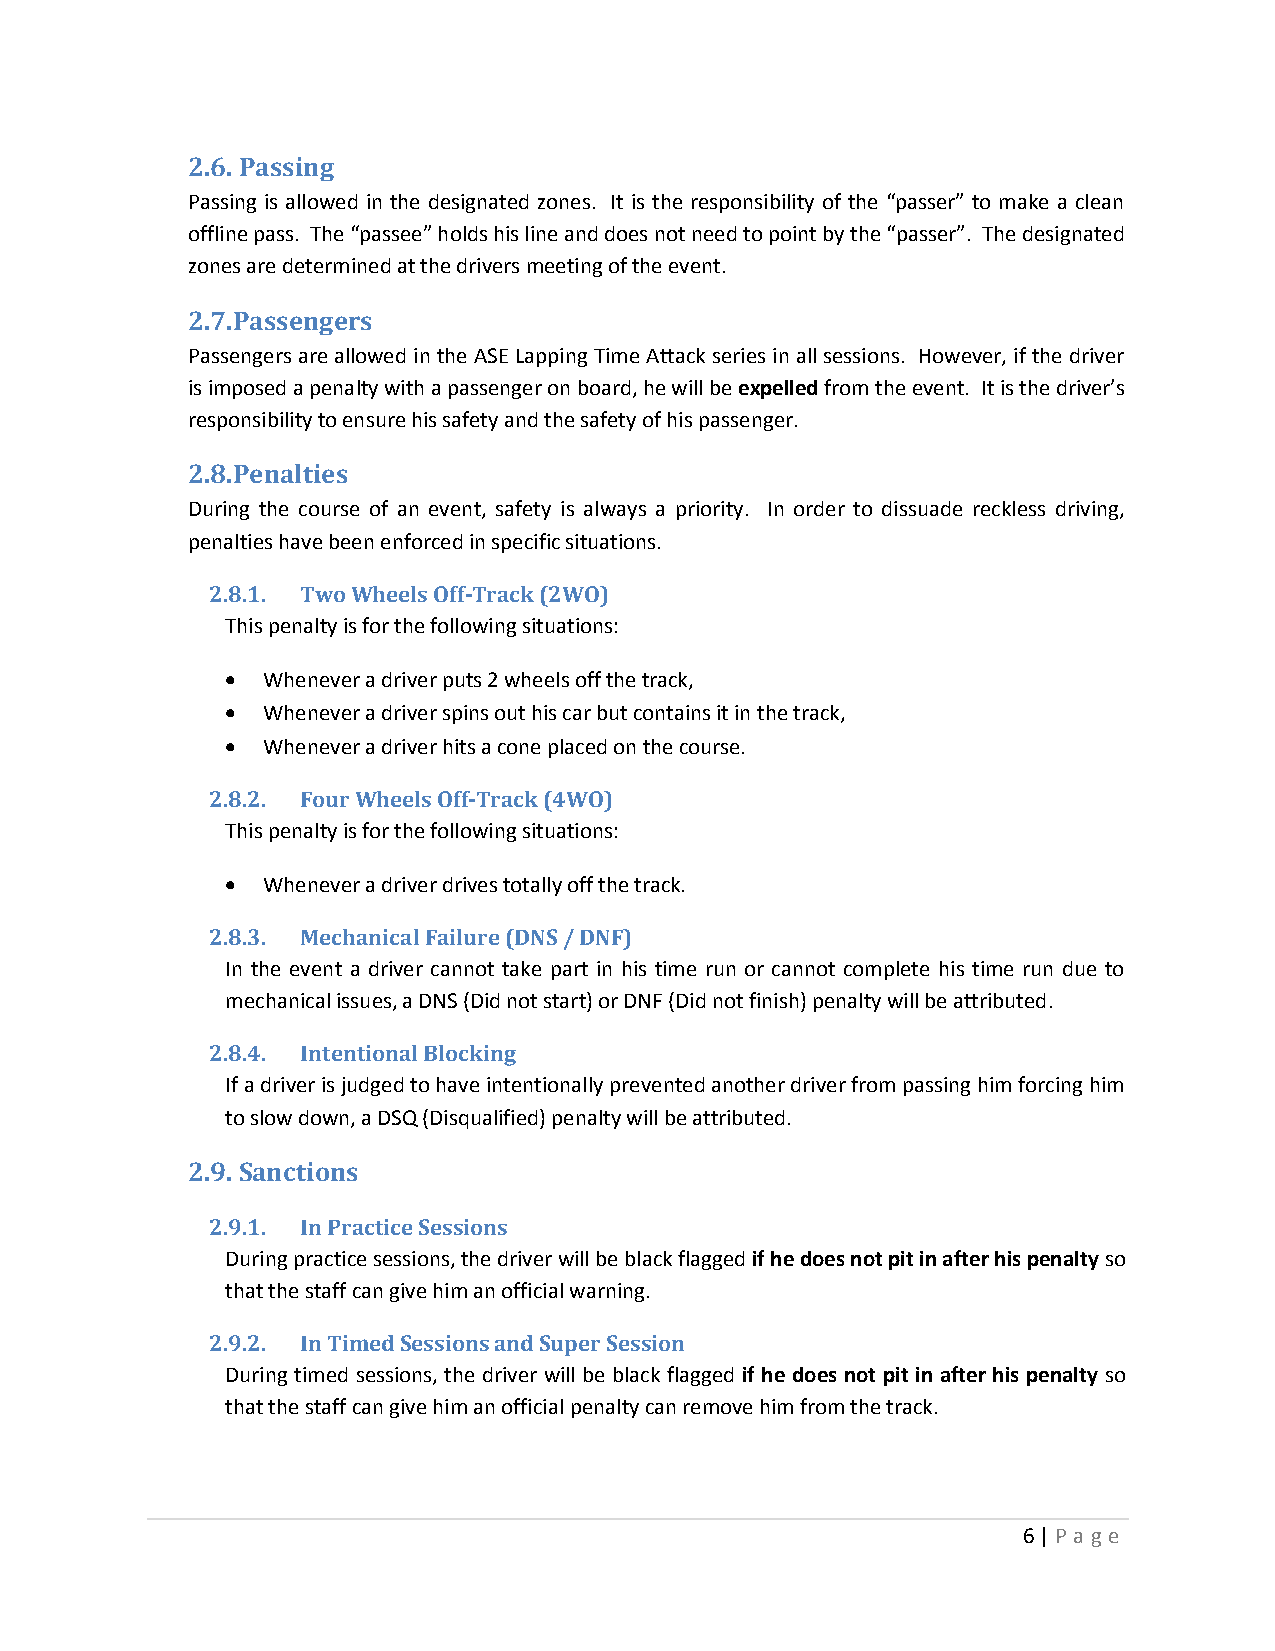
2.6. Passing
 Passing is allowed in the designated zones. It is the responsibility of the “passer” to make a clean
 offline pass. The “passee” holds his line and does not need to point by the “passer”. The designated
 zones are determined at the drivers meeting of the event.
 2.7. Passengers
 Passengers are allowed in the ASE Lapping Time Attack series in all sessions. However, if the driver
 is imposed a penalty with a passenger on board, he will be expelled from the event. It is the driver’s
 responsibility to ensure his safety and the safety of his passenger.
 2.8. Penalties
 During the course of an event, safety is always a priority. In order to dissuade reckless driving,
 penalties have been enforced in specific situations.
 2.8.1. Two Wheels Off-Track (2WO)
 This penalty is for the following situations:
  Whenever a driver puts 2 wheels off the track,
  Whenever a driver spins out his car but contains it in the track,
  Whenever a driver hits a cone placed on the course.
 2.8.2. Four Wheels Off-Track (4WO)
 This penalty is for the following situations:
  Whenever a driver drives totally off the track.
 2.8.3. Mechanical Failure (DNS / DNF)
 In the event a driver cannot take part in his time run or cannot complete his time run due to
 mechanical issues, a DNS (Did not start) or DNF (Did not finish) penalty will be attributed.
 2.8.4. Intentional Blocking
 If a driver is judged to have intentionally prevented another driver from passing him forcing him
 to slow down, a DSQ (Disqualified) penalty will be attributed.
 2.9. Sanctions
 2.9.1. In Practice Sessions
 During practice sessions, the driver will be black flagged if he does not pit in after his penalty so
 that the staff can give him an official warning.
 2.9.2. In Timed Sessions and Super Session
 During timed sessions, the driver will be black flagged if he does not pit in after his penalty so
 that the staff can give him an official penalty can remove him from the track.
 6 | P a ge